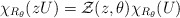
\begin{align*}\chi_{R_\theta}(zU)={\cal Z}(z,\theta)\chi_{R_\theta}(U)\end{align*}